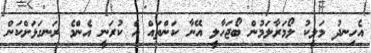
އެހިނދު މަލީކު ލޯމަރާލަމުން ބޯޖަހާލީ އޭނާ ކަންތައް އެ ކުރަނީ އެންމެ ރަނގަޅަށްކަން